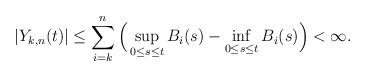
\begin{align*}|Y_{k,n}(t)|\leq\sum_{i=k}^n\Big(\sup_{0\leq s\leq t}B_i(s)-\inf_{0\leq s\leq t}B_i(s)\Big)<\infty.\end{align*}